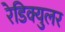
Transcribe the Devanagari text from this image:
रेडिक्युलर